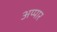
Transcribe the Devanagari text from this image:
अप्पार